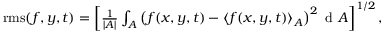
\begin{array} { r } { \mathrm { r m s } ( f , y , t ) = \left[ \frac { 1 } { | A | } \int _ { A } \left( f ( x , y , t ) - \langle f ( x , y , t ) \rangle _ { A } \right) ^ { 2 } \mathrm { ~ d ~ } A \right] ^ { 1 / 2 } , } \end{array}